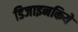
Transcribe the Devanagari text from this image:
डिजाइनकिये